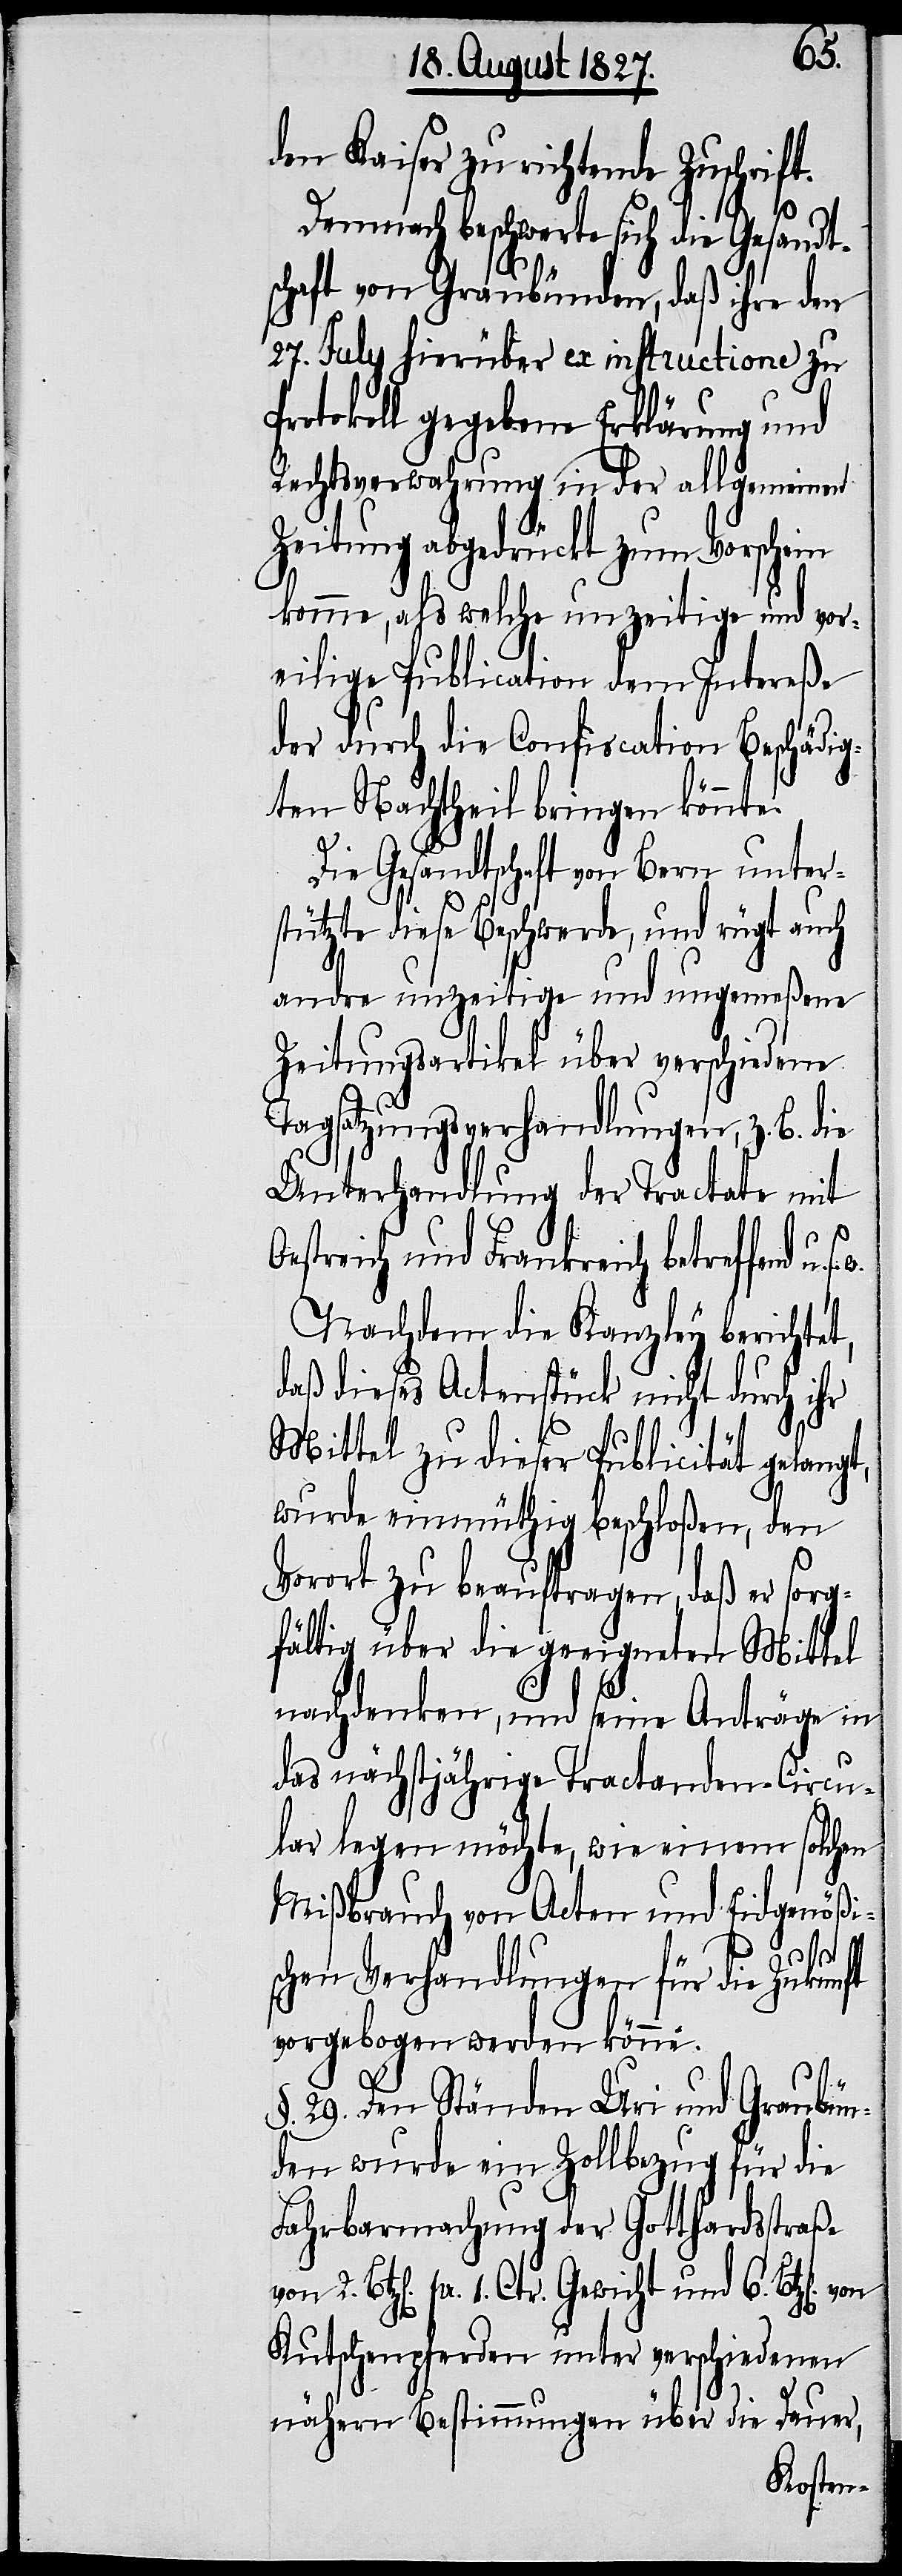
den Kaiser zu richtende Zuschrift.
Bt¬
Demnach beschwerte sich die Gesandt¬
schaft von Graubünden, daß ihre den
27. July hierüber ex instructione zu
Protokoll gegebene Erklärung und
Rechtsverwahrung in der allgemeinen
Zeitung abgedruckt zum Vorschein
komme, als welche unzeitige und vor¬
eilige Publication dem Intereße
der durch die Confiscation Beschädig¬
ten Nachtheil bringen könnte.
2.
Die Gesandtschaft von Bern unter¬
stützte diese Beschwerde, und rügt auch
andre unzeitige und ungemeßene
Zeitungsartikel über verschiedene
w.
Tagsatzungsverhandlungen, z. B. die
Unterhandlung der Tractate mit
estreich und Frankreich betreffend u.
Nachdem die Kanzley berichtet,
daß dieses Actenstück nicht durch ihr
Mittel zu dieser Publicität gelangt,
wurde einmüthig beschloßen, den
Vorort zu beauftragen, daß er sorg¬
fältig über die geeigneten Mittel
nachdenken, und seine Anträge in
das nächstjährige Tractanden-Circu¬
lar legen möchte, wie einem solchen
Mißbrauch von Acten und Eidgenößi¬
schen Verhandlungen für die Zukunft
vorgebogen werden könne.
29. Den Ständen Uri und Graubün¬
den wurde ein Zollbezug für die
Fahrbarmachung der Gotthardstraße
z[en]. pr. 1. Ctr. Gewicht und 6. Btz[en].
Kutschenpferden unter verschiedenen
nähern Bestimmungen über die Dauer,